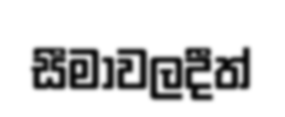
සීමාවලදීත්